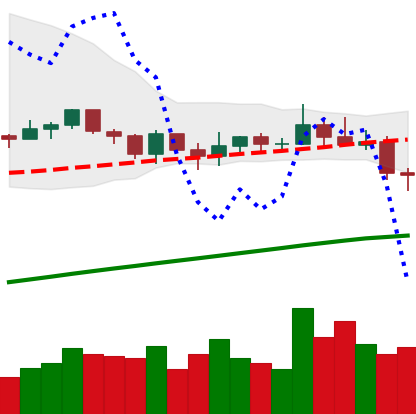
Ticker: XLM-USD
Chart end date: 2021-03-25
Forward return: 10.943%
Label: up_7plus